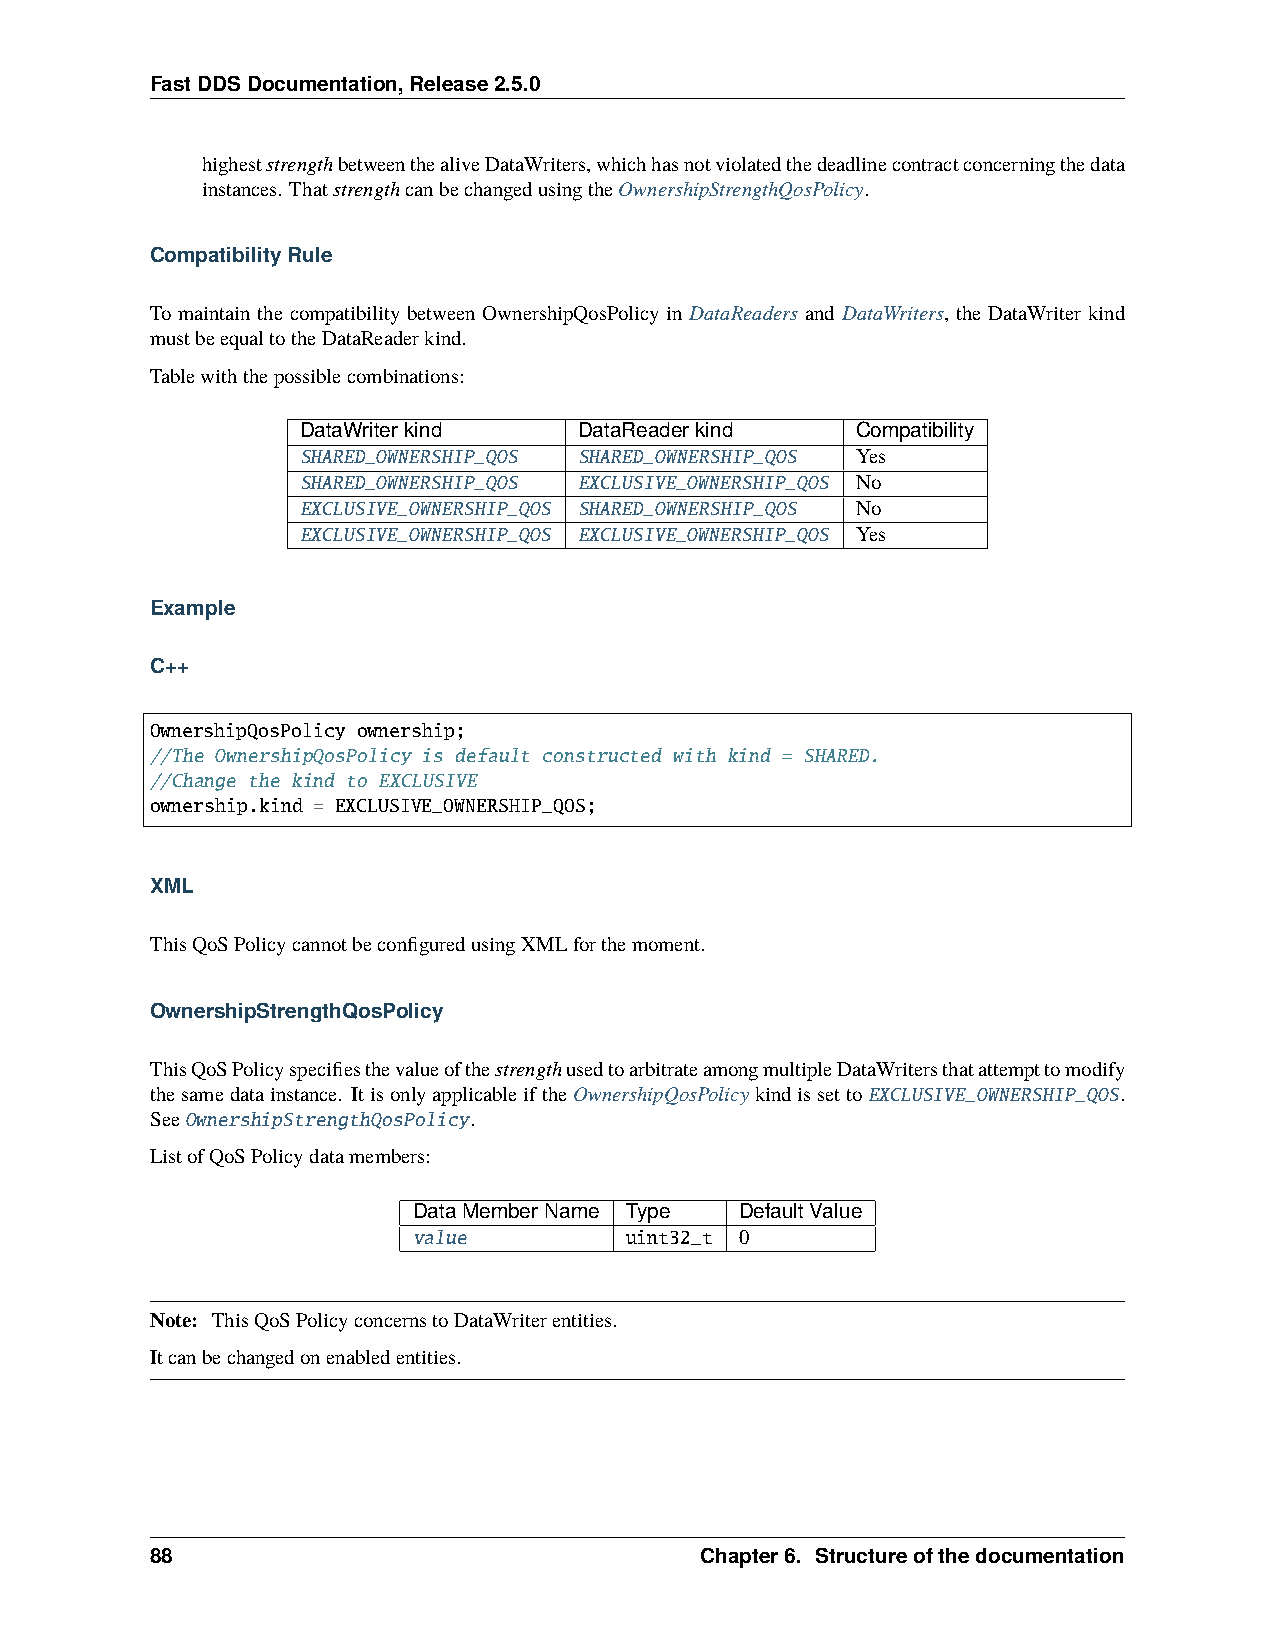
FastDDSDocumentation,Release2.5.0
 higheststrengthbetweenthealiveDataWriters,whichhasnotviolatedthedeadlinecontractconcerningthedata
 instances. ThatstrengthcanbechangedusingtheOwnershipStrengthQosPolicy.
 CompatibilityRule
 To maintain the compatibility between OwnershipQosPolicy in DataReaders and DataWriters, the DataWriter kind
 mustbeequaltotheDataReaderkind.
 Tablewiththepossiblecombinations:
 DataWriterkind    DataReaderkind     Compatibility
 SHARED_OWNERSHIP_QOS SHARED_OWNERSHIP_QOS Yes
 SHARED_OWNERSHIP_QOS EXCLUSIVE_OWNERSHIP_QOS No
 EXCLUSIVE_OWNERSHIP_QOS SHARED_OWNERSHIP_QOS No
 EXCLUSIVE_OWNERSHIP_QOS EXCLUSIVE_OWNERSHIP_QOS Yes
 Example
 C++
 OwnershipQosPolicy ownership;
 //The OwnershipQosPolicy is default constructed with kind = SHARED.
 //Change the kind to EXCLUSIVE
 ownership.kind = EXCLUSIVE_OWNERSHIP_QOS;
 XML
 ThisQoSPolicycannotbeconfiguredusingXMLforthemoment.
 OwnershipStrengthQosPolicy
 ThisQoSPolicyspecifiesthevalueofthestrengthusedtoarbitrateamongmultipleDataWritersthatattempttomodify
 thesamedatainstance. ItisonlyapplicableiftheOwnershipQosPolicykindissettoEXCLUSIVE_OWNERSHIP_QOS.
 SeeOwnershipStrengthQosPolicy.
 ListofQoSPolicydatamembers:
 DataMemberName Type   DefaultValue
 value         uint32_t 0
 Note: ThisQoSPolicyconcernstoDataWriterentities.
 Itcanbechangedonenabledentities.
 88                                  Chapter6. Structureofthedocumentation